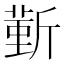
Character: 𣂼